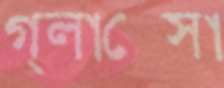
গ্লাক্সো